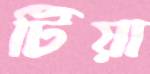
টিয়া